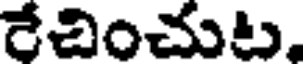
రేచించుట,